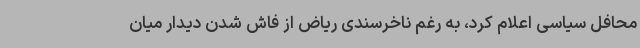
محافل سیاسی اعلام کرد، به رغم ناخرسندی ریاض از فاش شدن دیدار میان